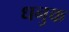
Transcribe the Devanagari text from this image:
धनुक